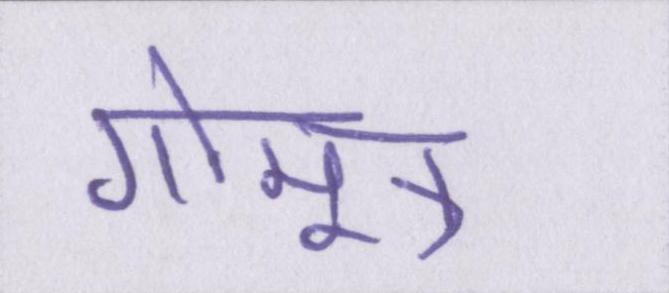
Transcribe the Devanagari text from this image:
गोमूत्र